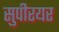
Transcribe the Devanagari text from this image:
सुपीरयर